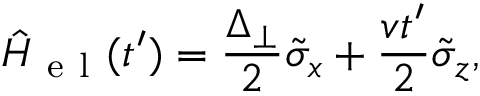
\hat { H } _ { \mathrm { ~ e ~ l ~ } } ( t ^ { \prime } ) = \frac { \Delta _ { \perp } } { 2 } \tilde { \sigma } _ { x } + \frac { v t ^ { \prime } } { 2 } \tilde { \sigma } _ { z } ,